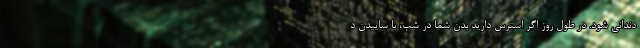
دندانی شود. در طول روز اگر استرس دارید بدن شما در شب، با ساییدن د